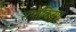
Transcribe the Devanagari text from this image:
सप्तकिरण